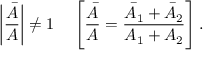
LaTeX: \left| { \frac { \bar { A } } { A } } \right| \neq 1 \ \ \ \left[ { \frac { \bar { A } } { A } } = { \frac { \bar { A } _ { 1 } + \bar { A } _ { 2 } } { A _ { 1 } + A _ { 2 } } } \right] .